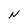
Character: N